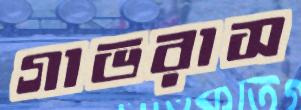
গাভরাস